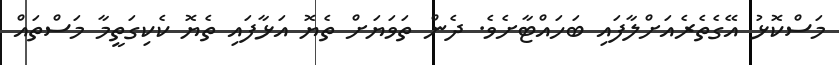
މަސްކޮޅު އޭގެތެރެއަށްލާފައި ބަހައްޓާށެވެ. ދެން ތަވަޔަށް ތެޔޮ އަޅާފައި ތެޔޮ ކެކިގަތީމާ މަސްތައް